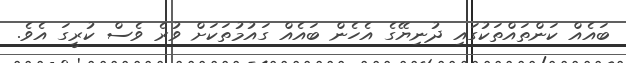
ބައެއް ކަންތައްތަކުގައި ދުނިޔޭގެ އެހެން ބައެއް ގަައުމުތަކަަށް ވުރެ ވެސް ކުރީގަ އެވެ.